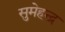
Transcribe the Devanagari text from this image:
सुमेहन्द्र